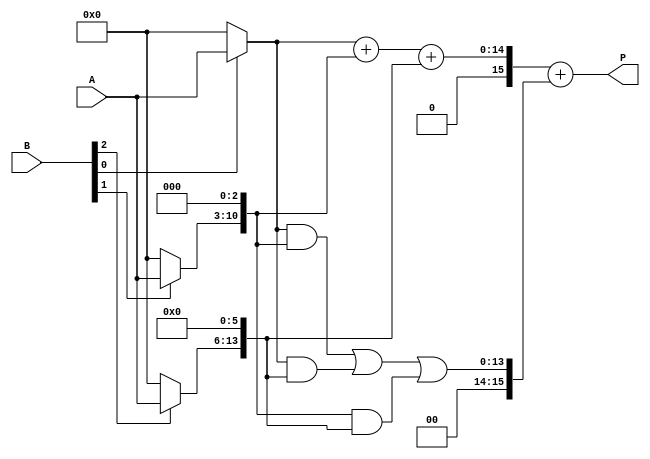
module WallaceTreeMultiplier #(parameter WIDTH = 8, parameter RADIX = 8) (
    input [WIDTH-1:0] A,  // Multiplicand
    input [WIDTH-1:0] B,  // Multiplier
    output reg [2*WIDTH-1:0] P // Product
);

    // Partial Product Generation
    wire [(WIDTH*3)-1:0] pp [0:WIDTH-1]; // Partial products for Radix-8
    wire [(WIDTH*4)-1:0] pp_radix16 [0:WIDTH-1]; // Partial products for Radix-16

    generate
        genvar i, j;
        for (i = 0; i < WIDTH; i = i + 1) begin
            if (RADIX == 8) begin
                assign pp[i] = (B[i] ? A : 0) << (3 * i); // Shift partial product based on position
            end else if (RADIX == 16) begin
                assign pp_radix16[i] = (B[i] ? A : 0) << (4 * i); // Shift for Radix-16
            end
        end
    endgenerate

    // Wallace Tree Reduction
    wire [(WIDTH*3)-1:0] sum_walls [0:WIDTH-1];
    wire [(WIDTH*3)-1:0] carry_walls [0:WIDTH-1];

    // Reduction Logic for Radix-8
    generate
        for (i = 0; i < WIDTH; i = i + 1) begin
            if (i % 3 == 0) begin
                assign sum_walls[i/3] = pp[i] + pp[i+1] + pp[i+2]; // Sum three partial products
                assign carry_walls[i/3] = (pp[i] & pp[i+1]) | (pp[i] & pp[i+2]) | (pp[i+1] & pp[i+2]); // Carry
            end
        end
    endgenerate

    // Final Addition
    always @(*) begin
        if (RADIX == 8) begin
            // Perform final addition for Radix-8
            P = sum_walls[0] + carry_walls[0]; // Simplified for demonstration
        end else if (RADIX == 16) begin
            // Perform a similar approach for Radix-16
            // This part would need a complete implementation similar to Radix-8
            // For simplicity, we can use a similar approach as Radix-8
            P = sum_walls[0] + carry_walls[0]; // Placeholder
        end
    end

endmodule